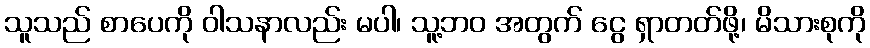
သူသည် စာပေကို ဝါသနာလည်း မပါ၊ သူ့ဘဝ အတွက် ငွေ ရှာတတ်ဖို့၊ မိသားစုကို